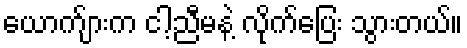
ယောက်ျားက ငါ့ညီမနဲ့ လိုက်ပြေး သွားတယ်။